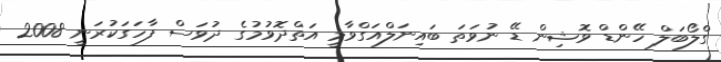
ގްލޯބަލް ހޭންޑް ވޮޝިން ޑޭ ނުވަތަ ބައިނަލްއަގްވާމީ އަތްދޮވުމުގެ ދުވަސް ފާހަގަކުރަނީ 2008